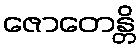
ဇောတေန္တိ